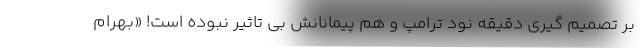
بر تصمیم گیری دقیقه نود ترامپ و هم پیمانانش بی تاثیر نبوده است! «بهرام